Indian journal of veterinary science and animal husbandry - Volume 1,
Year: 1931
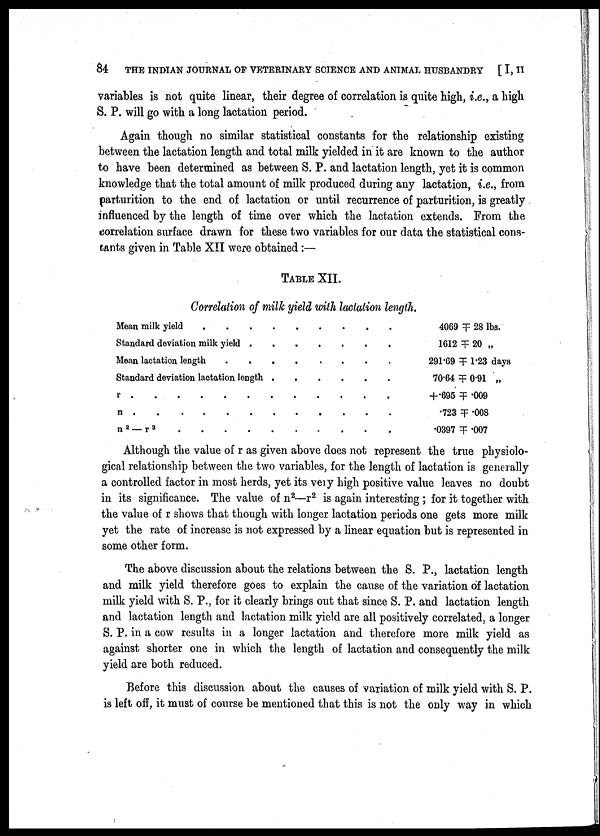
84
THE INDIAN JOURNAL OF VETERINARY SCIENCE AND ANIMAL HUSBANDRY [ I, II
variables is not quite linear, their degree of correlation is quite high, i.e., a high
S. P. will go with a long lactation period.
Again though no similar statistical constants for the relationship existing
between the lactation length and total milk yielded in it are known to the author
to have been determined as between S. P. and lactation length, yet it is common
knowledge that the total amount of milk produced during any lactation, i.e., from
parturition to the end of lactation or until recurrence of parturition, is greatly
influenced by the length of time over which the lactation extends. From the
correlation surface drawn for these two variables for our data the statistical cons
tants given in Table XII were obtained:—
TABLE XII.
Correlation of milk yield with lactation length.
Mean milk yield
Standard deviation milk yield
.....
Mean lactation length
....
,
.
Standard deviation lactation length
....
r
n
n 2 — r 2
4069 ╤ 28 lbs.
1612 ╤ 20 „
291.69 ╤ 1.23 days
70.64 ╤ 0.91 „
+.695 ╤ .009
.723 ╤ .008
.0397 ╤ .007
Although the value of r as given above does not represent the true physiolo
gical relationship between the two variables, for the length of lactation is generally
a controlled factor in most herds, yet its very high positive value leaves no doubt
in its significance. The value of n 2 —r 2 is again interesting ; for it together with
the value of r shows that though with longer lactation periods one gets more milk
yet the rate of increase is not expressed by a linear equation but is represented in
some other form.
The above discussion about the relations between the S. P., lactation length
and milk yield therefore goes to explain the cause of the variation of lactation
milk yield with S. P., for it clearly brings out that since S. P. and lactation length
and lactation length and lactation milk yield are all positively correlated, a longer
S. P. in a cow results in a longer lactation and therefore more milk yield as
against shorter one in which the length of lactation and consequently the milk
yield are both reduced.
Before this discussion about the causes of variation of milk yield with S. P.
is left off, it must of course be mentioned that this is not the only way in which